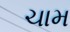
ચામ